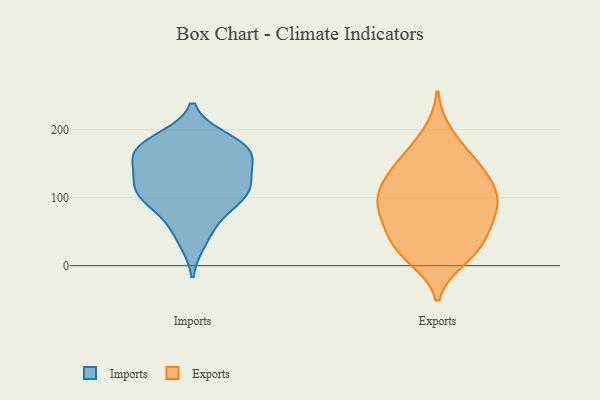
{"axis": {"x": "Net Income (USD K)", "y": "Value"}, "legend": ["Exports", "Imports"], "data": [{"x": "", "y": 166, "type": "Imports"}, {"x": "", "y": 172, "type": "Imports"}, {"x": "", "y": 37, "type": "Imports"}, {"x": "", "y": 107, "type": "Imports"}, {"x": "", "y": 111, "type": "Imports"}, {"x": "", "y": 146, "type": "Imports"}, {"x": "", "y": 185, "type": "Imports"}, {"x": "", "y": 166, "type": "Imports"}, {"x": "", "y": 122, "type": "Imports"}, {"x": "", "y": 133, "type": "Imports"}, {"x": "", "y": 175, "type": "Imports"}, {"x": "", "y": 172, "type": "Imports"}, {"x": "", "y": 109, "type": "Imports"}, {"x": "", "y": 90, "type": "Imports"}, {"x": "", "y": 59, "type": "Imports"}, {"x": "", "y": 98, "type": "Imports"}, {"x": "", "y": 121, "type": "Exports"}, {"x": "", "y": 154, "type": "Exports"}, {"x": "", "y": 11, "type": "Exports"}, {"x": "", "y": 122, "type": "Exports"}, {"x": "", "y": 25, "type": "Exports"}, {"x": "", "y": 102, "type": "Exports"}, {"x": "", "y": 54, "type": "Exports"}, {"x": "", "y": 101, "type": "Exports"}, {"x": "", "y": 90, "type": "Exports"}, {"x": "", "y": 84, "type": "Exports"}, {"x": "", "y": 24, "type": "Exports"}, {"x": "", "y": 74, "type": "Exports"}, {"x": "", "y": 21, "type": "Exports"}, {"x": "", "y": 162, "type": "Exports"}, {"x": "", "y": 123, "type": "Exports"}, {"x": "", "y": 194, "type": "Exports"}, {"x": "", "y": 150, "type": "Exports"}, {"x": "", "y": 74, "type": "Exports"}, {"x": "", "y": 48, "type": "Exports"}]}